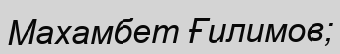
Махамбет Ғилимов;